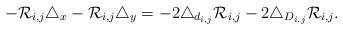
LaTeX: \begin{align*}-\mathcal{R}_{i,j}\triangle_x-\mathcal{R}_{i,j}\triangle_y=-2\triangle_{d_{i,j}}\mathcal{R}_{i,j}-2\triangle_{D_{i,j}}\mathcal{R}_{i,j}.\end{align*}